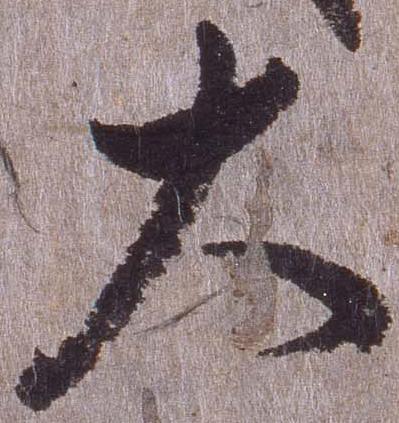
大